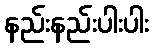
နည်းနည်းပါးပါး